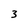
Character: 3